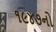
૧૯૪૭નો